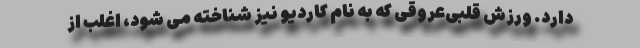
دارد. ورزش قلبی‌عروقی که به نام کاردیو نیز شناخته می شود، اغلب از